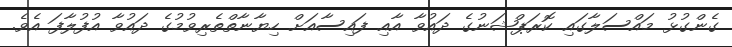
ގެންގުޅު މައްސަލާގައި ކޮރަޕްޝަނުގެ ދައުވާ އާއި ފައިސާއަށް ހިޔާނާތްތެރިވުމުގެ ދައުވާ އުފުލާފަ އެވެ.